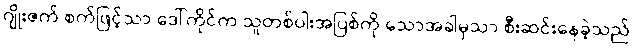
ဂျိုးဇက် စက်ဖြင့်သာ ဒေါ်ကိုင်က သူတစ်ပါးအပြစ်ကို သောအခါမှသာ စီးဆင်းနေခဲ့သည်